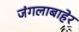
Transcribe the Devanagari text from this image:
जंगलाबाहेर